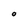
Character: o